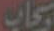
سحاب